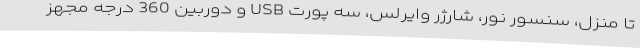
تا منزل، سنسور نور، شارژر وایرلس، سه پورت USB و دوربین 360 درجه مجهز